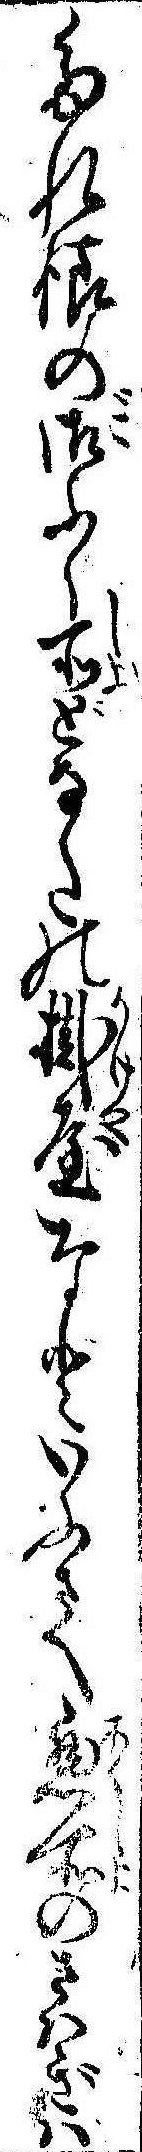
たれ様の御ふく所どなたの掛屋なといふさへ悪所のさはぎは